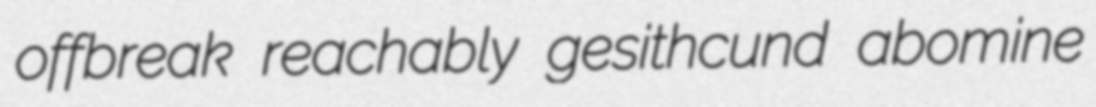
offbreak reachably gesithcund abomine